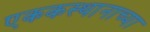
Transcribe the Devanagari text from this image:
एककस्थानाच्या